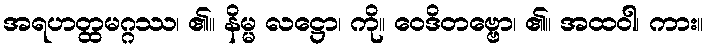
အရဟတ္ထမဂ္ဂဿ၊ ၏။ နိမ္မ လဋ္ဌော၊ ကို။ ဝေဒိတဗ္ဗော၊ ၏။ အထဝါ၊ ကား။